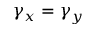
\gamma _ { x } = \gamma _ { y }